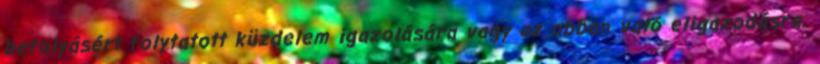
befolyásért folytatott küzdelem igazolására vagy az abban való eligazodásra.